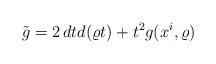
LaTeX: \begin{align*}\tilde{g}=2\, dt d(\varrho t)+t^2g(x^i,\varrho) \end{align*}